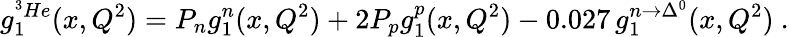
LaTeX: g_{1}^{^3He}(x,Q^{2})=P_{n}g_{1}^{n}(x,Q^{2})+2P_{p}g_{1}^{p}(x,Q^{2})-0.027\, g_{1}^{n\rightarrow\Delta^{0}}(x,Q^{2})\ .